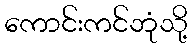
ကောင်းကင်ဘုံသို့